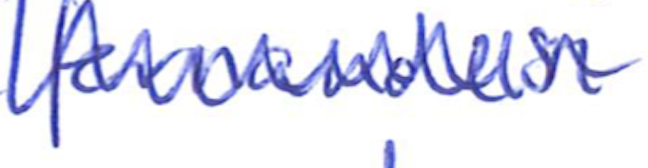
Text: fernandesi
Cross-out: zig-zag
Writing tool: ballpoint